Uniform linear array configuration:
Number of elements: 12
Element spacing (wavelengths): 0.25
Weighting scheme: uniform
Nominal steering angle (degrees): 45
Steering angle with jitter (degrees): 43.671
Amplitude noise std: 0.05
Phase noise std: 0.05

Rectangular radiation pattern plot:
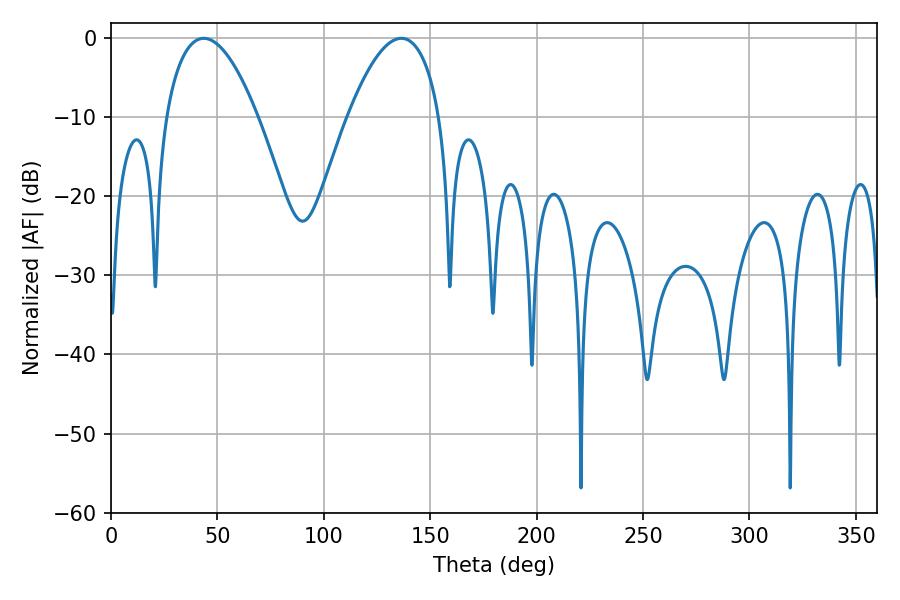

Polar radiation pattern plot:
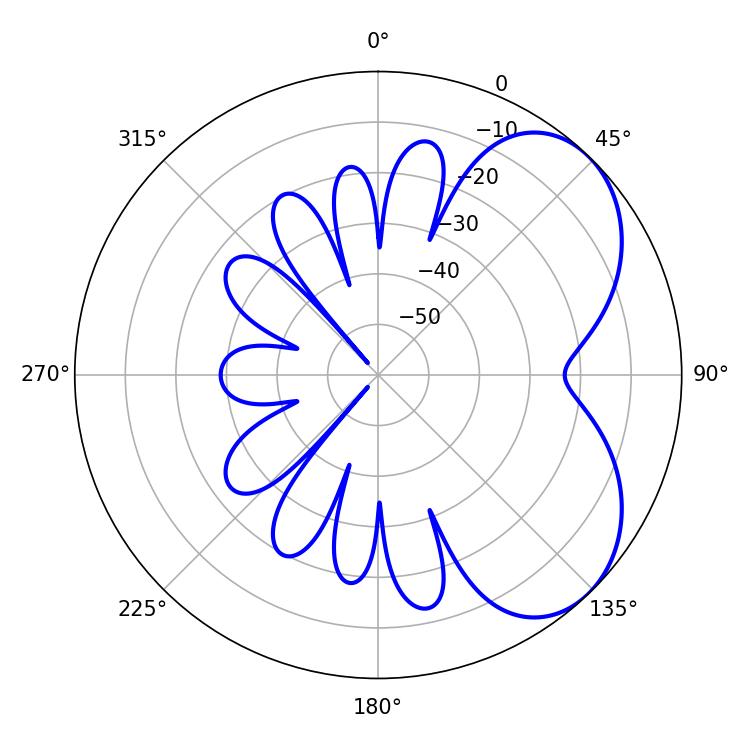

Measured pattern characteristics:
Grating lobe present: FALSE
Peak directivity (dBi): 5.018
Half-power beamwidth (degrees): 23.94
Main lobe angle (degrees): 43.56